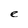
Character: e